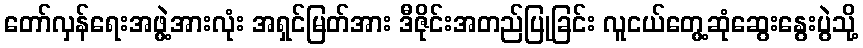
တော်လှန်ရေးအဖွဲ့အားလုံး အရှင်မြတ်အား ဒီဇိုင်းအတည်ပြုခြင်း လူငယ်တွေ့ဆုံဆွေးနွေးပွဲသို့